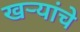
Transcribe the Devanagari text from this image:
खर्‍यांचे